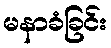
မနာခံခြင်း